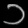
Digit: ၁